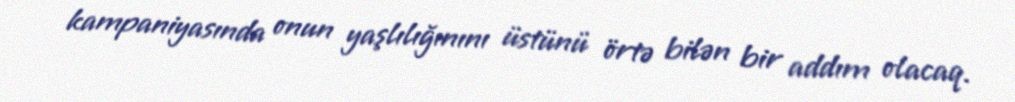
kampaniyasında onun yaşlılığınını üstünü örtə bilən bir addım olacaq.